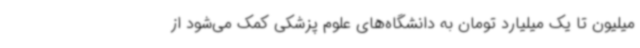
میلیون تا یک میلیارد تومان به دانشگاه‌های علوم پزشکی کمک می‌شود از